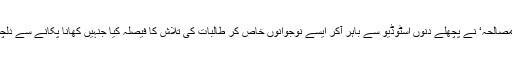
لیکن، ’مصالحہ‘ نے پچھلے دنوں اسٹوڈیو سے باہر آکر ایسے نوجوانوں خاص کر طالبات کی تلاش کا فیصلہ کیا جنہیں کھانا پکانے سے دلچسپی ہو۔